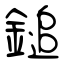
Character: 鎚